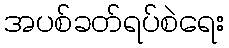
အပစ်ခတ်ရပ်စဲရေး